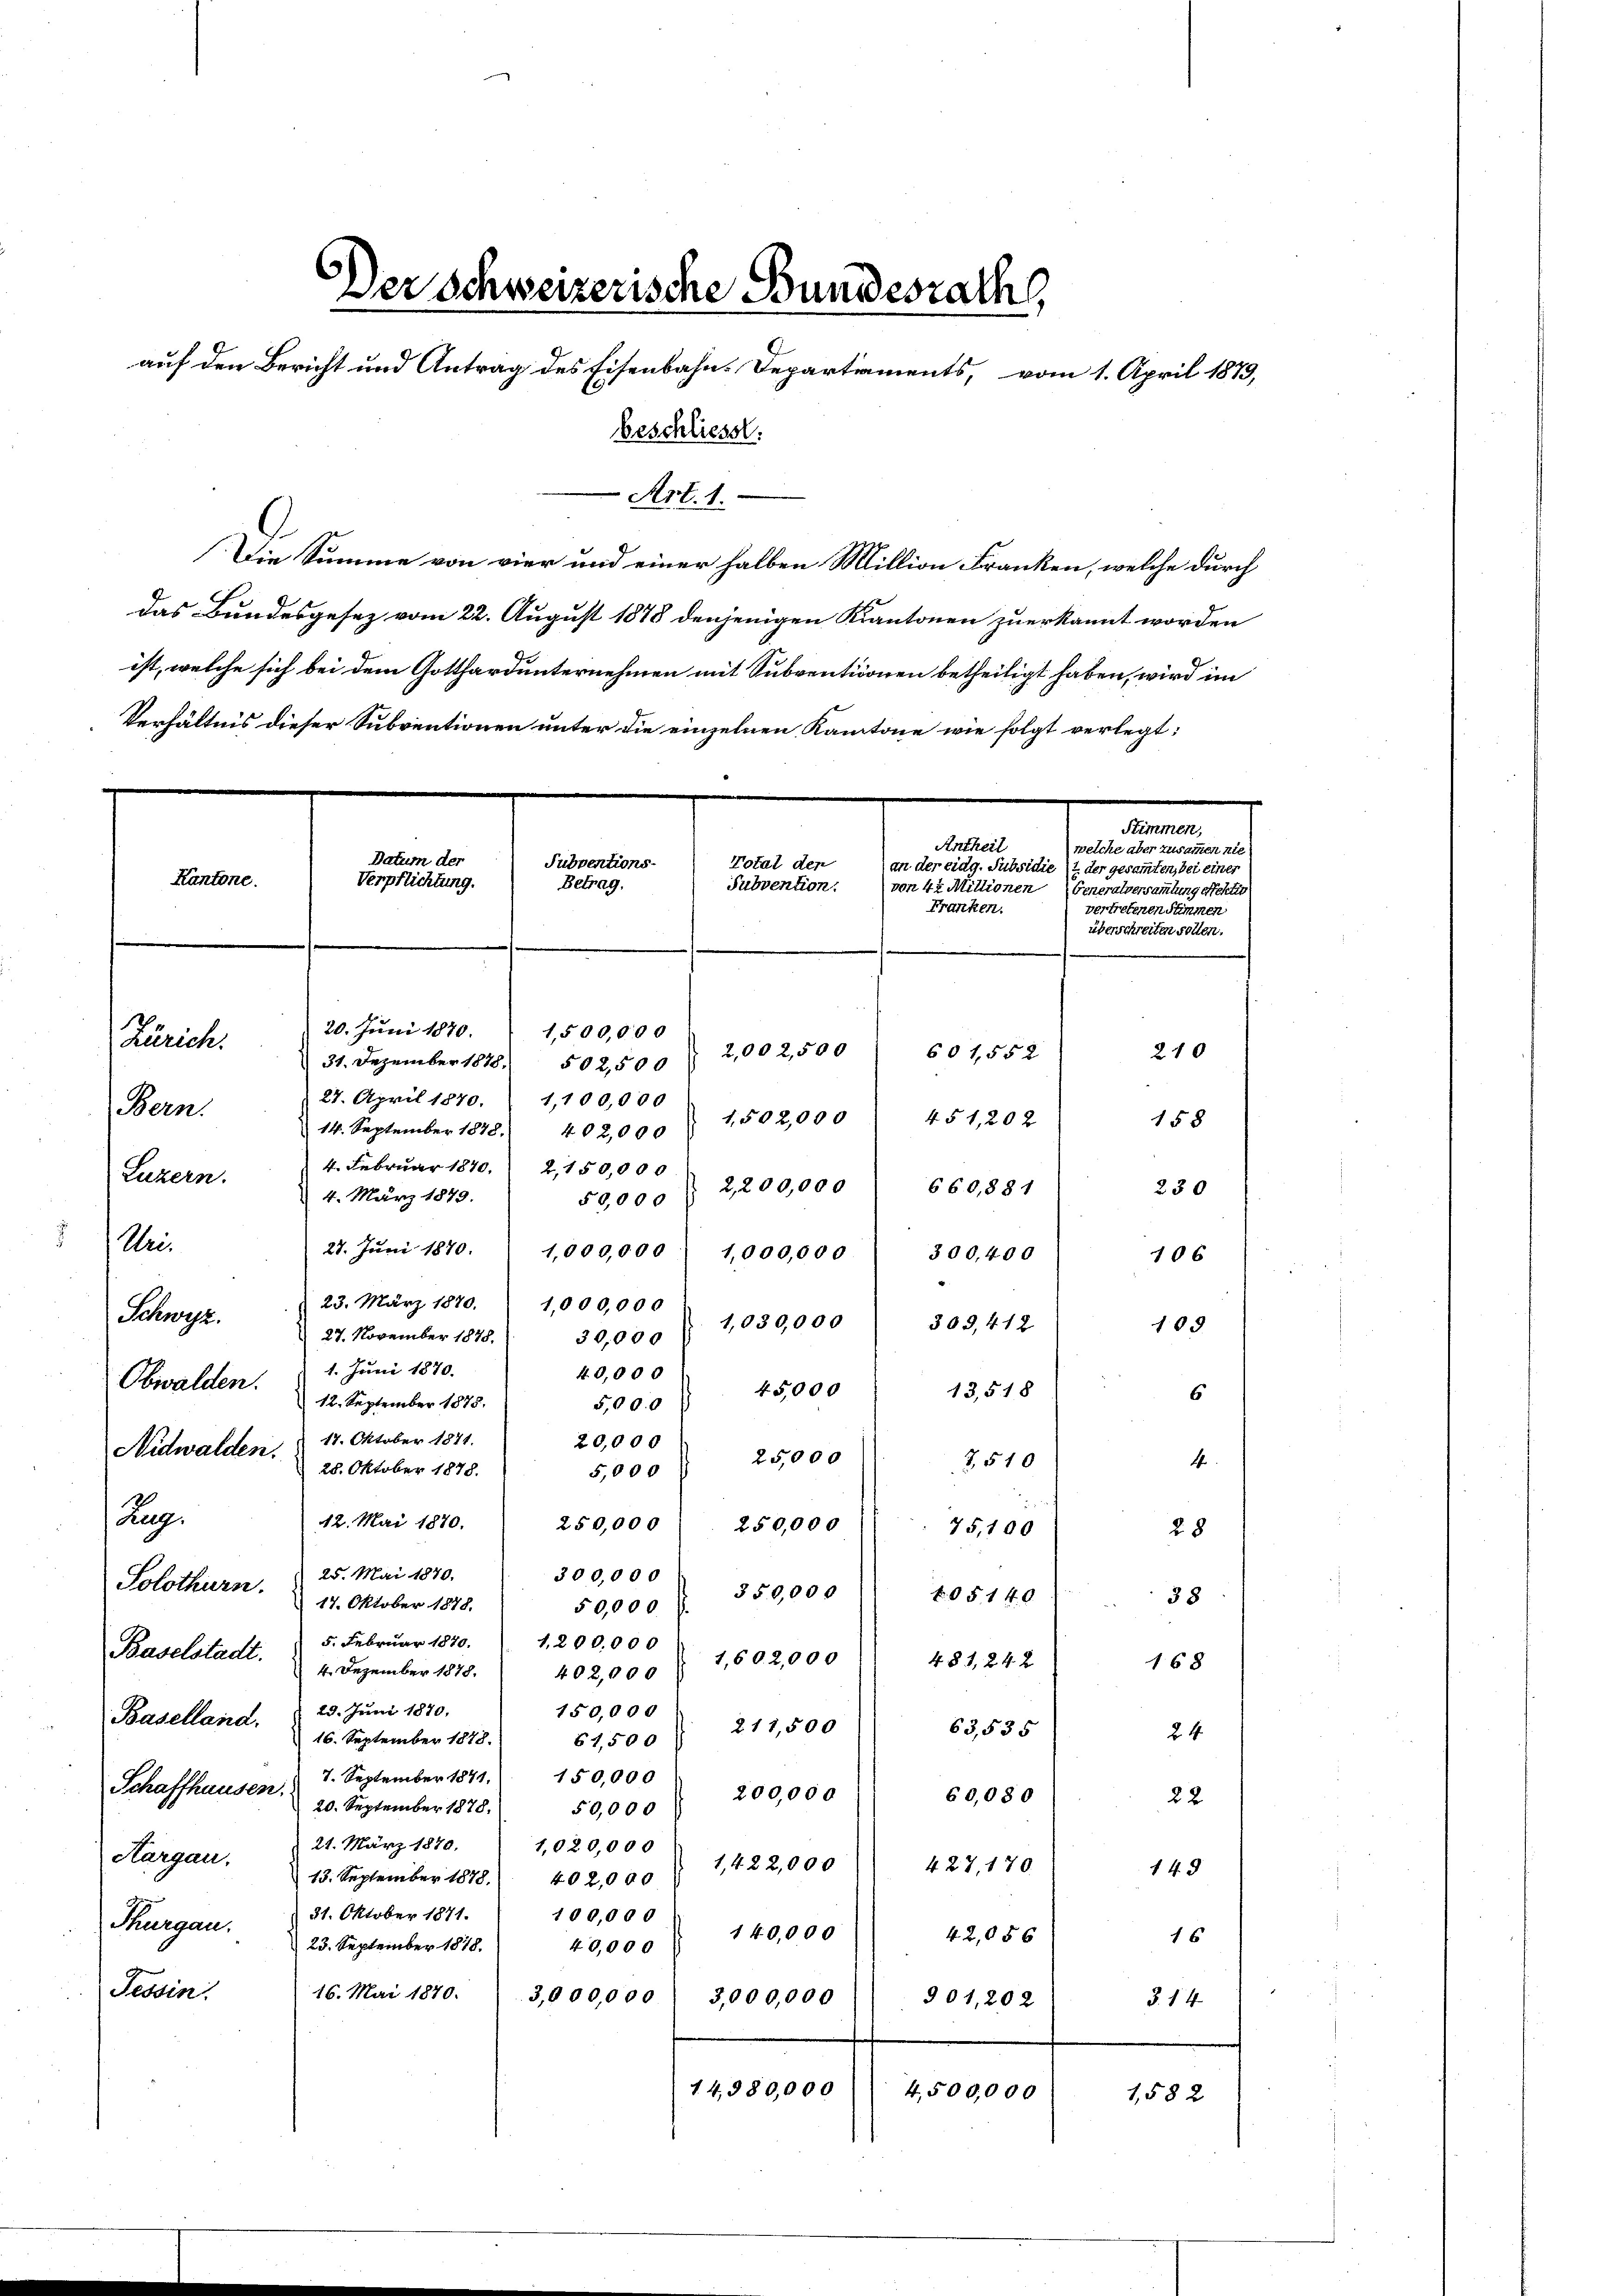
Zürich.
Bern.
Luzern.
Uri.
Schweiz.
Obwalden.

Datum der
Kantone.
Verpflichtung.

beschliesst.
Art. 1.
Die Summe von vier und einer halben Million Franken, welche durch
das Bundesgesez vom 22. August 1878 denjenigen Kantonen zuerkannt worden
ist, welche sich bei dem Gotthardunternehmen mit Subventionen betheiligt haben, wird im
Verhältnis dieser Subventionen unter die einzelnen Kantone wie folgt verlegt:
Subventions-
Betrag.
20. Juni 1870.
1,500,000
31. Dezember 1878. 502,500
27. April 1870. 1,100,000
14. September 1878. 402,000
4. Februar 1840. 2150,000
2,200,000
660,881
4. März 1879.
50,000
27. Juni 1870.
1,000,000
1,000,000
300,400
23. März 1870. 1,000,000
1,030,000
309, 412
27. November 1878. 30,000
1. Juni 1870.
40,000
45,000
13,518
12. September 1875.
5,000
18. Oktober 1871.
20,000
Nidwalden.
25,000
7510
4
28. Oktober 1878.
5,000
f
Zug.
12. Mai 1870.
250,000
250,000
75,100
28
25. Mai 1870.
300,000
Solothurn.
350,000
05140
38
17. Oktober 1878.
50,000.
5. Februar 1870. 1200,000
Baselstadt.
1,602,000
481, 24 x
168
4. Dezember 1878.
402,000
23. Juni 1870.
150,000
Baselland.
211,500
63,535
24
16. September 1878.
61,500
7. September 1841. 150,000
Schaffhausen.
200,000
60,080
22
20. September 1878.
50,000
21. März 1879. 1020,000
1,422,000
427, 170
149
Aargau.  13. September 1878. 402,000
21. Oktober 1871.
100,000
Thurgau.
140,000
42,05 x
16
23. September 1818.
40,000
Tessin.
16. Mai 1870.
3,000,000
3,000,000
901,202
§. 14
14,380,000
4,500,000
1,582

Der Schweizerische Bundesrath,
auf den Bericht und Antrag des Eisenbahn-Departements, vom 1. April 1879,

Stimmen,
Antheil
welche aber zusammen nie
Total der
an der eidg. Subsidie (2 der gesammten, bei einer
Subvention.
Franken.
2,002,500
210
601,552
1,502,000
451, 20 x
158

von 42 Millionen (Generalversammlung effektiv
vertretenen Stimmen
überschreiten sollen.

230
106
185
6